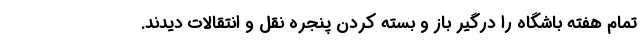
تمام هفته باشگاه را درگیر باز و بسته کردن پنجره نقل و انتقالات دیدند.